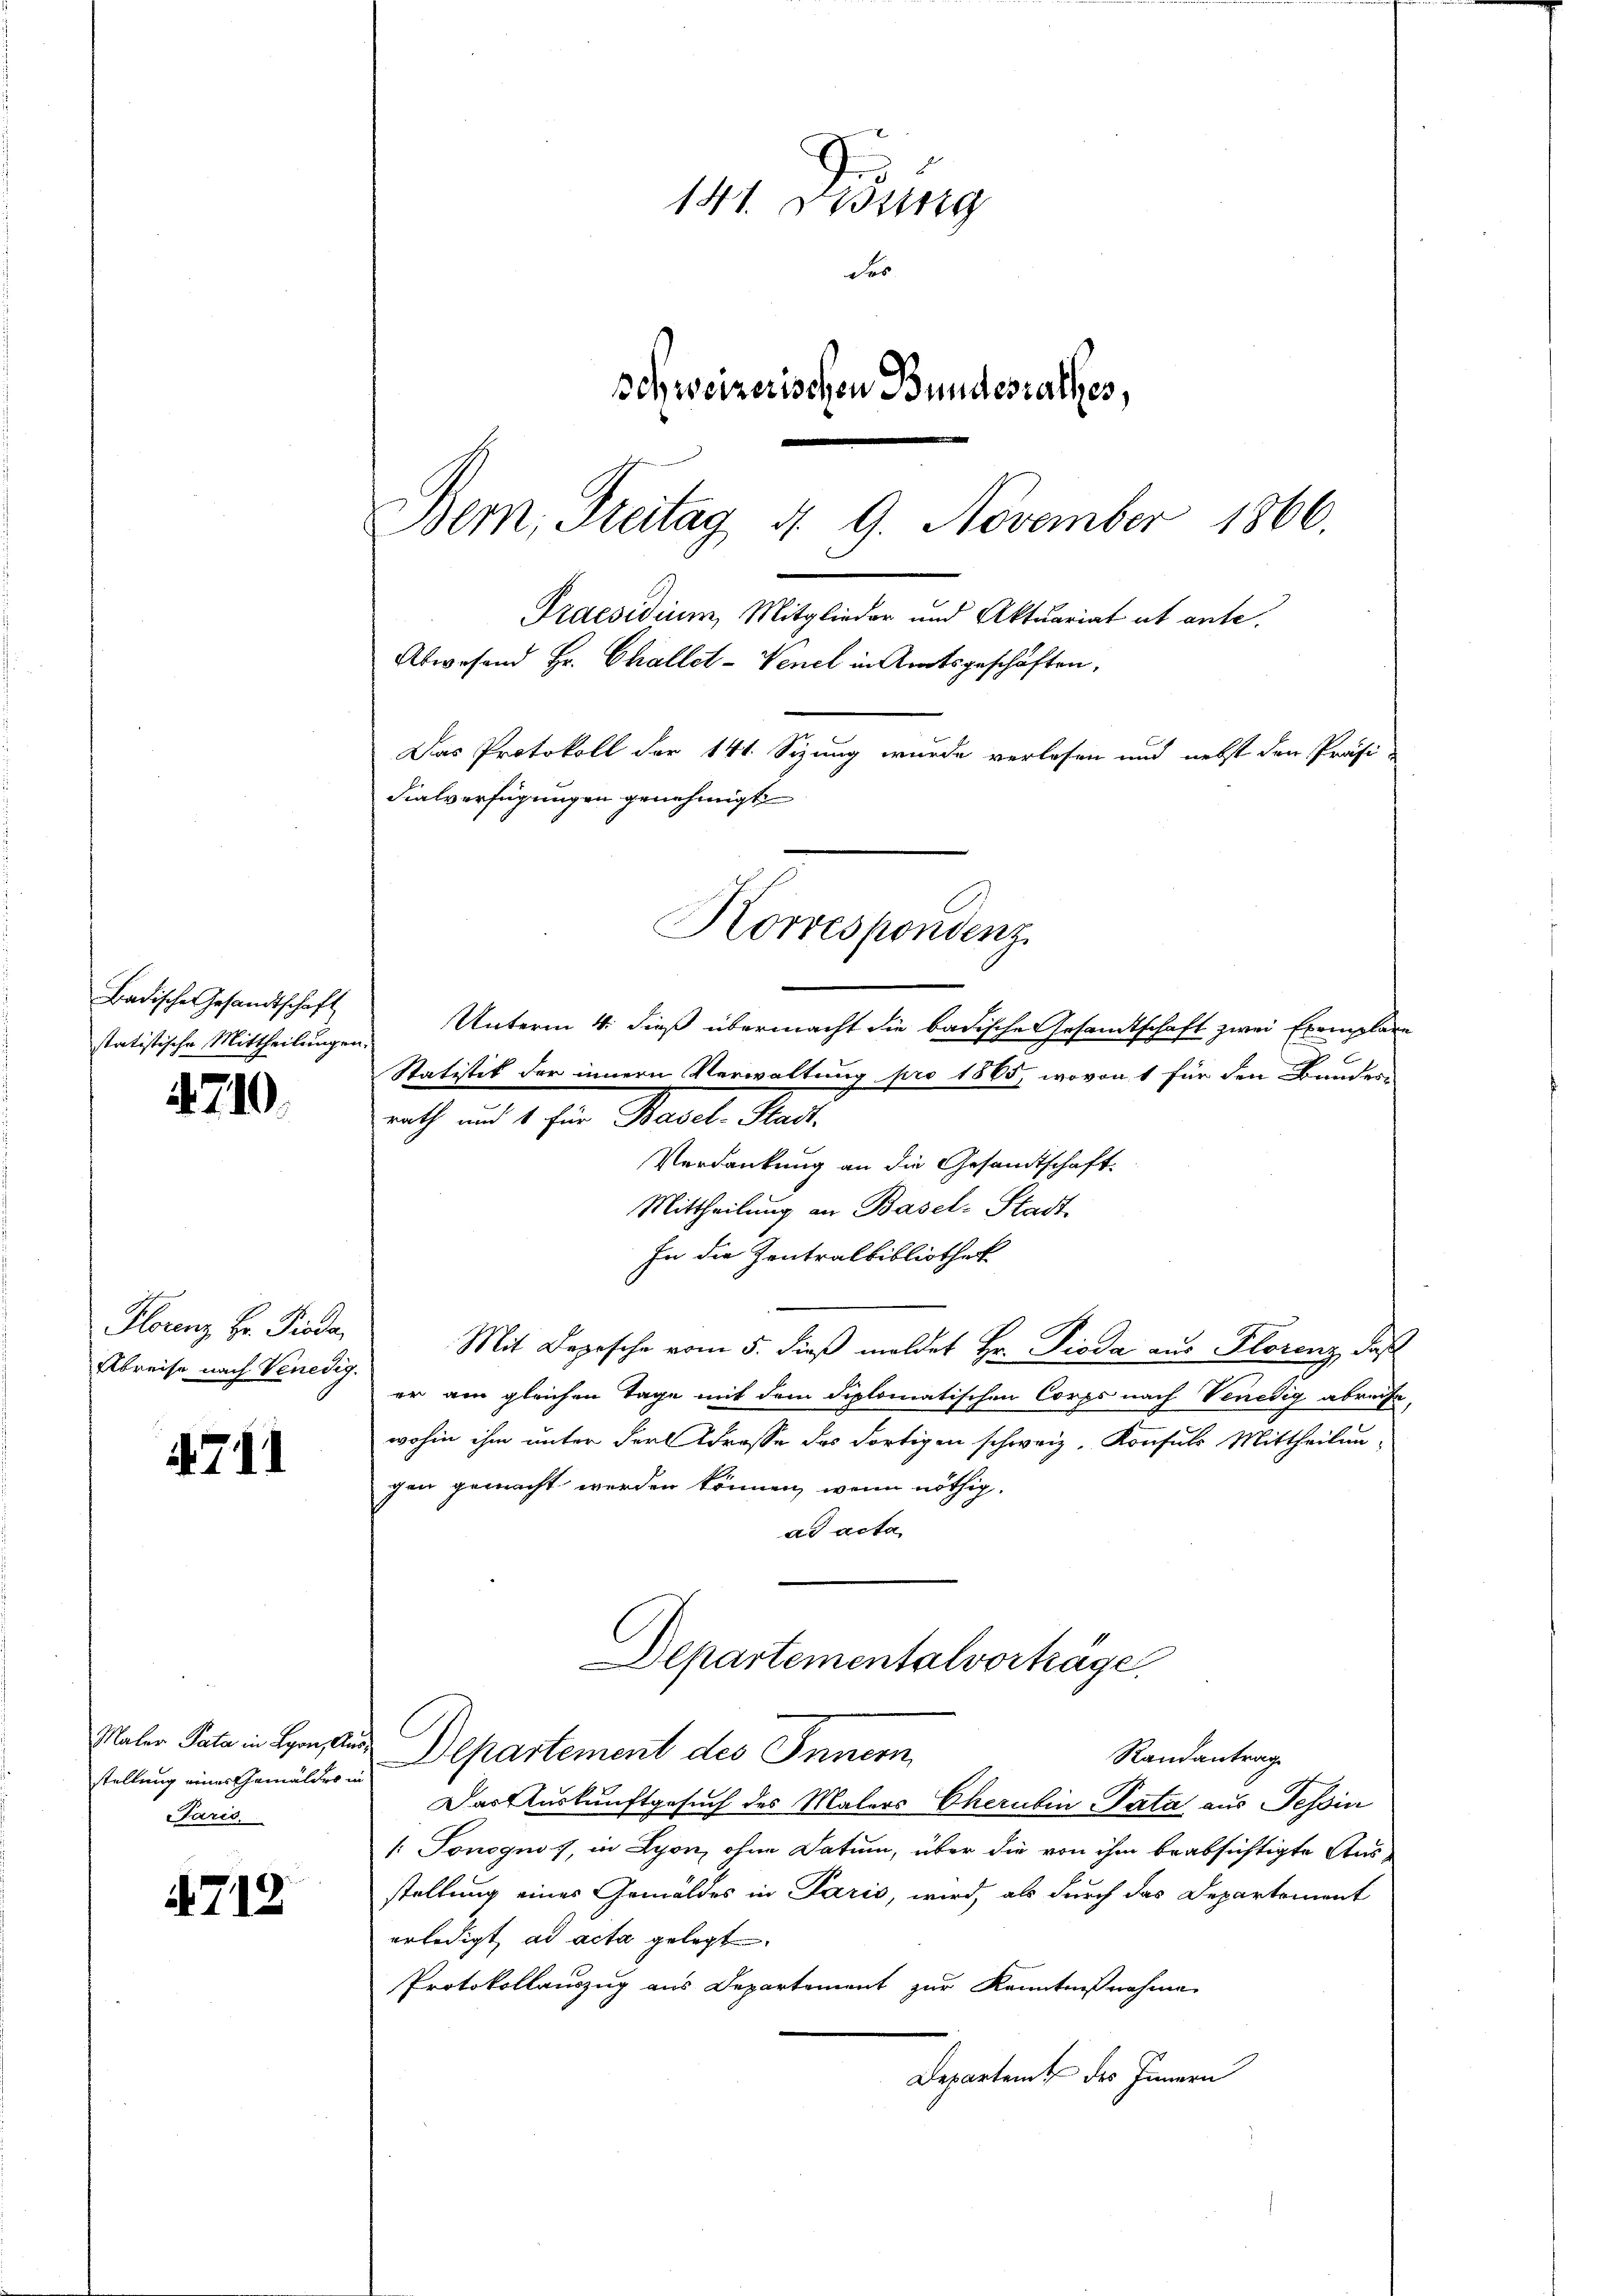
Badische Gesandtschaft
statistische Mittheilungen.

4710.

Florenz Hr. Pioda,
Abreise nach Venedig.

4711

Maler Pata in Lyon, As
stellung eines Gemäldes in
Paris

4712

141. Disung
der
schweizerischen Bundesrathes,
Bem, Freitag d. 9. November 1866.
Praesidium, Mitglieder und Aktuariat et ante.
Abwesend Hr. Challet-Venel in Amtsgeschäften,
Das Protokoll der 141. Sizung wurde verlesen und nebst den Präsi-
Fialverfügungen genehmigt
Korrespondenz.

nicht und 1. hrn. Materl. Rect
Verdankung an die Gesandtschaft
Mittheilung an Basel-Stadt
In die Zentralbibliothek
Mit Deposche vom 5. dieß meldet Hr. Pioda aus Florenz, daß
er am gleichen Tage mit dem diplomatischen Corps nach Venedig abreife
wohin ihm unter der Strasse des Fortigen schweiz. Konsuls Mittheilun-
gen gemacht werden können, wenn nöthig.
ad acta
Departementalvorträge.
Departement des Innern
Randantrag
Das Auskunftgesuch des Malers Cherubin Pata aus Tessin
/: Ponognos, in Lyon, ohne Datum, über die von ihm beabsichtigte Ausstellung eines Gemäldes in Paris, wird, als durch das Departement
erledigt, ad acta gelegt.
Protokollauszug aus Departement zur Kenntnißnahme
Departent des Innern

Unterm 4. dieß übermacht die badische Gesamtschaft zwei Exemplare
Statistik der innern Verwaltung pro 1865, wovon 1 für den Bundes-